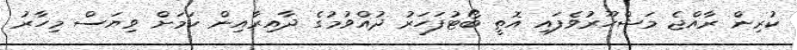
ކުރިން ރާއްޖެ މަޝްހޫރުވެފައި އޮތީ ބޯޓުފަހަރު ދުއްވުމުގެ ދާއިރާއިން ކަމަށް ވިޔަސް މިހާރު